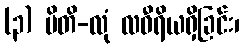
(၃) မိတိ-လုံ လဝီရိယရှိခြင်း၊